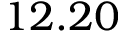
1 2 . 2 0